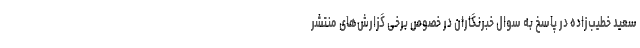
سعید خطیب‌زاده در پاسخ به سوال خبرنگاران در خصوص برخی گزارش‌های منتشر